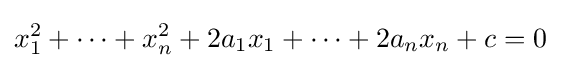
x_{1}^{2}+\cdots +x_{n}^{2}+2a_{1}x_{1}+\cdots +2a_{n}x_{n}+c=0